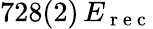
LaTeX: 728(2)\, E_{\mathrm{~r~e~c~}}